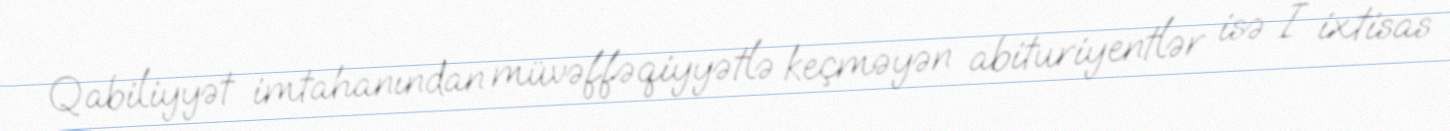
Qabiliyyət imtahanından müvəffəqiyyətlə keçməyən abituriyentlər isə I ixtisas